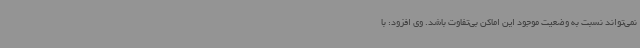
نمی‌تواند نسبت به وضعیت موجود این اماکن بی‌تفاوت باشد. وی افزود: با